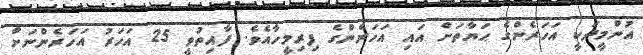
އުންމީދަކީ އަހަރެންގެ ޙަޔާތަށް އައި އަހަރެންގެ ފިރިމީހާއެވެ. ފާއިތުވީ 25 އަހަރު އަހަރެންނަށް